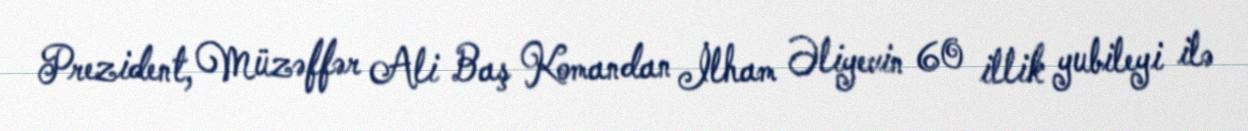
Prezident, Müzəffər Ali Baş Komandan İlham Əliyevin 60 illik yubileyi ilə